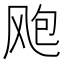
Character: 飑